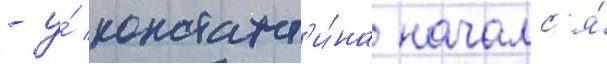
- у́ констант'и́на началс'я́